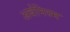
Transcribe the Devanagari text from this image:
अर्बनिस्म